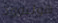
هوليوود